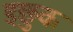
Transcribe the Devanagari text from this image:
इछुक